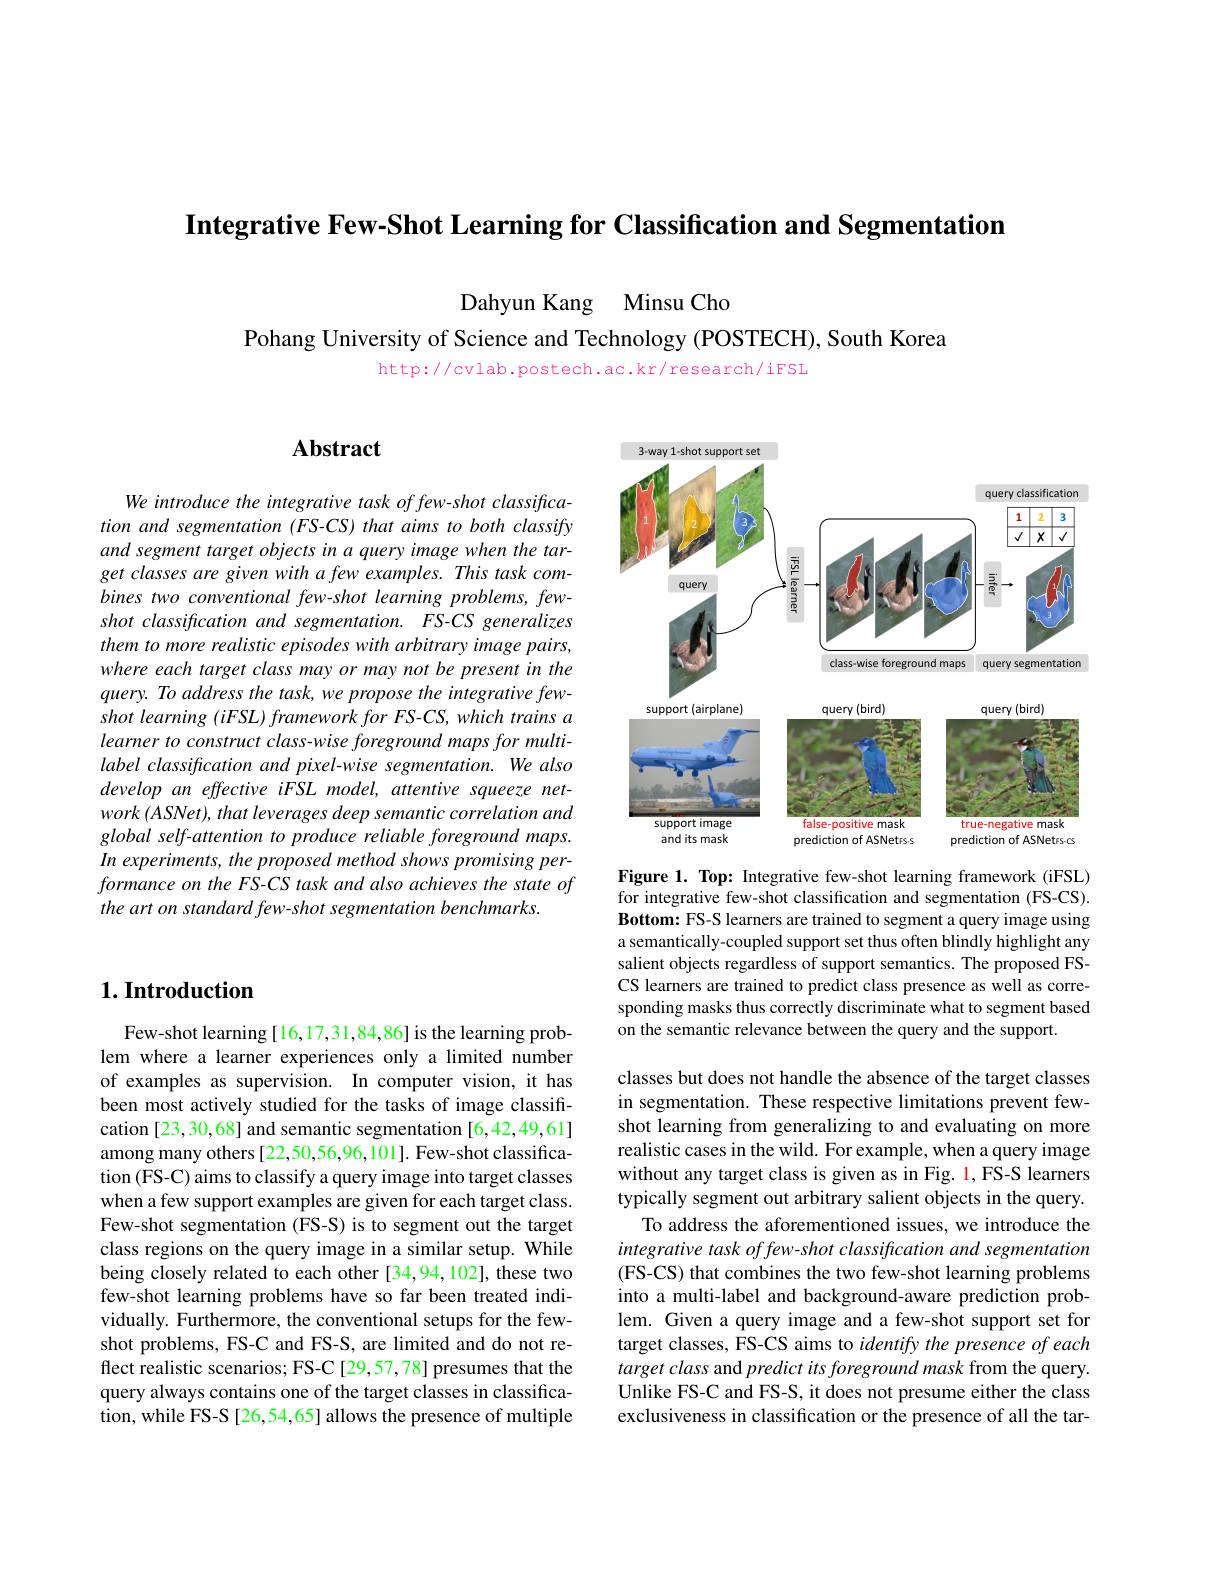
Integrative Few-Shot Learning for Classification and Segmentation

Dahyun Kang Minsu Cho
Pohang University of Science and Technology (POSTECH), South Korea

http://cvlab.postech.ac.kr/research/iFSL

## $\mathbf{Abstract}$

We introduce the integrative task of few-shot classification and segmentation (FS-CS) that aims to both classify and segment target objects in a query image when the target classes are given with a few examples. This task combines two conventional few-shot learning problems, fewshot classification and segmentation. FS-CS generalizes them to more realistic episodes with arbitrary image pairs, where each target class may or may not be present in the query. To address the task, we propose the integrative fewshot learning (iFSL) framework for FS-CS, which trains a learner to construct class-wise foreground maps for multilabel classification and pixel-wise segmentation. We also develop an effective iFSL model, attentive squeeze net- $work\left ( ASNet\right ) , that\textit{leverages deep semantic correlation and}$ global self-attention to produce reliable foreground maps. In experiments, the proposed method shows promising performance on the FS-CS task and also achieves the state of the art on standard few-shot segmentation benchmarks.

## $1. \textbf{Introduction}$

Few-shot learning [16,17,31,84,86] is the learning problem where a learner experiences only a limited number of examples as supervision. In computer vision, it has been most actively studied for the tasks of image classification [23,30,68] and semantic segmentation [6,42,49,61] among many others [22,50,56,96,101]. Few-shot classification (FS-C) aims to classify a query image into target classes when a few support examples are given for each target class. Few-shot segmentation (FS-S) is to segment out the target class regions on the query image in a similar setup. While being closely related to each other [34,94,102], these two few-shot learning problems have so far been treated individually. Furthermore, the conventional setups for the fewshot problems, FS-C and FS-S, are limited and do not reflect realistic scenarios; FS-C [29,57,78] presumes that the query always contains one of the target classes in classification, while FS-S [26,54,65] allows the presence of multiple

<FigureHere>

Figure 1. Top: Integrative few-shot learning framework (iFSL) for integrative few-shot classification and segmentation (FS-CS). Bottom: FS-S learners are trained to segment a query image using a semantically-coupled support set thus often blindly highlight any salient objects regardless of support semantics. The proposed FSCS learners are trained to predict class presence as well as corresponding masks thus correctly discriminate what to segment based on the semantic relevance between the query and the support.

classes but does not handle the absence of the target classes in segmentation. These respective limitations prevent fewshot learning from generalizing to and evaluating on more realistic cases in the wild. For example, when a query image without any target class is given as in Fig. 1, FS-S learners typically segment out arbitrary salient objects in the query.
To address the aforementioned issues, we introduce the integrative task offew-shot classification and segmentation (FS-CS) that combines the two few-shot learning problems into a multi-label and background-aware prediction problem. Given a query image and a few-shot support set for target classes, FS-CS aims to identify the presence of each target class and predict its foreground mask from the query. Unlike FS-C and FS-S, it does not presume either the class exclusiveness in classification or the presence of all the tar-